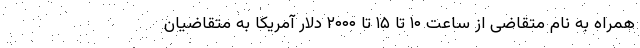
همراه به نام متقاضی از ساعت ۱۰ تا ۱۵ تا ۲۰۰۰ دلار آمریکا به متقاضیان